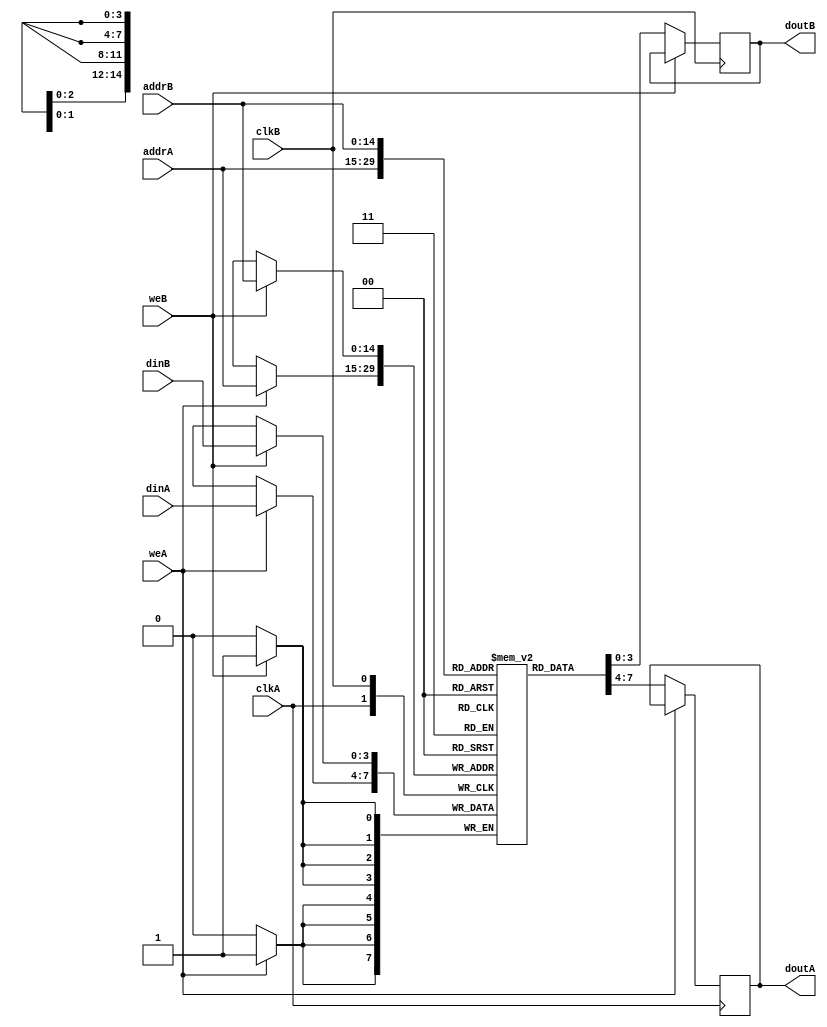
module ram_true_dp_dc_32768x4 (clkA, clkB, weA, weB, addrA, addrB, dinA, dinB, doutA, doutB);
    input clkA, clkB, weA, weB;
    input [14:0] addrA, addrB;
    input [3:0] dinA, dinB;
    output reg [3:0] doutA, doutB;
    
    reg [3:0] ram [32767:0];
    always @(posedge clkA)
    begin
        if (weA)
            ram[addrA] <= dinA;
        else
            doutA <= ram[addrA];
    end
    always @(posedge clkB)
    begin
        if (weB)
            ram[addrB] <= dinB;
        else
            doutB <= ram[addrB];
    end

endmodule